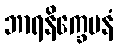
ဘာရနိက္ခေပနံ